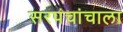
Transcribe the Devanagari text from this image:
सरपंचांचाला